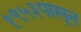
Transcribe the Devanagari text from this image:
१९५३पासून